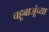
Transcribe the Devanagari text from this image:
चहूबाजूंच्या